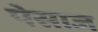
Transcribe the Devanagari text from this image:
पेसाज